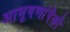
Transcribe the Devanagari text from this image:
आभूषणांपैकी